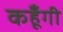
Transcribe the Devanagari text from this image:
कहूँगी